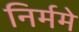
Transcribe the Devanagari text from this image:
निर्ममे